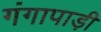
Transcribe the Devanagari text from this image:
गंगापाड़ी